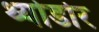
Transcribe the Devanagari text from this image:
थ्योडोर